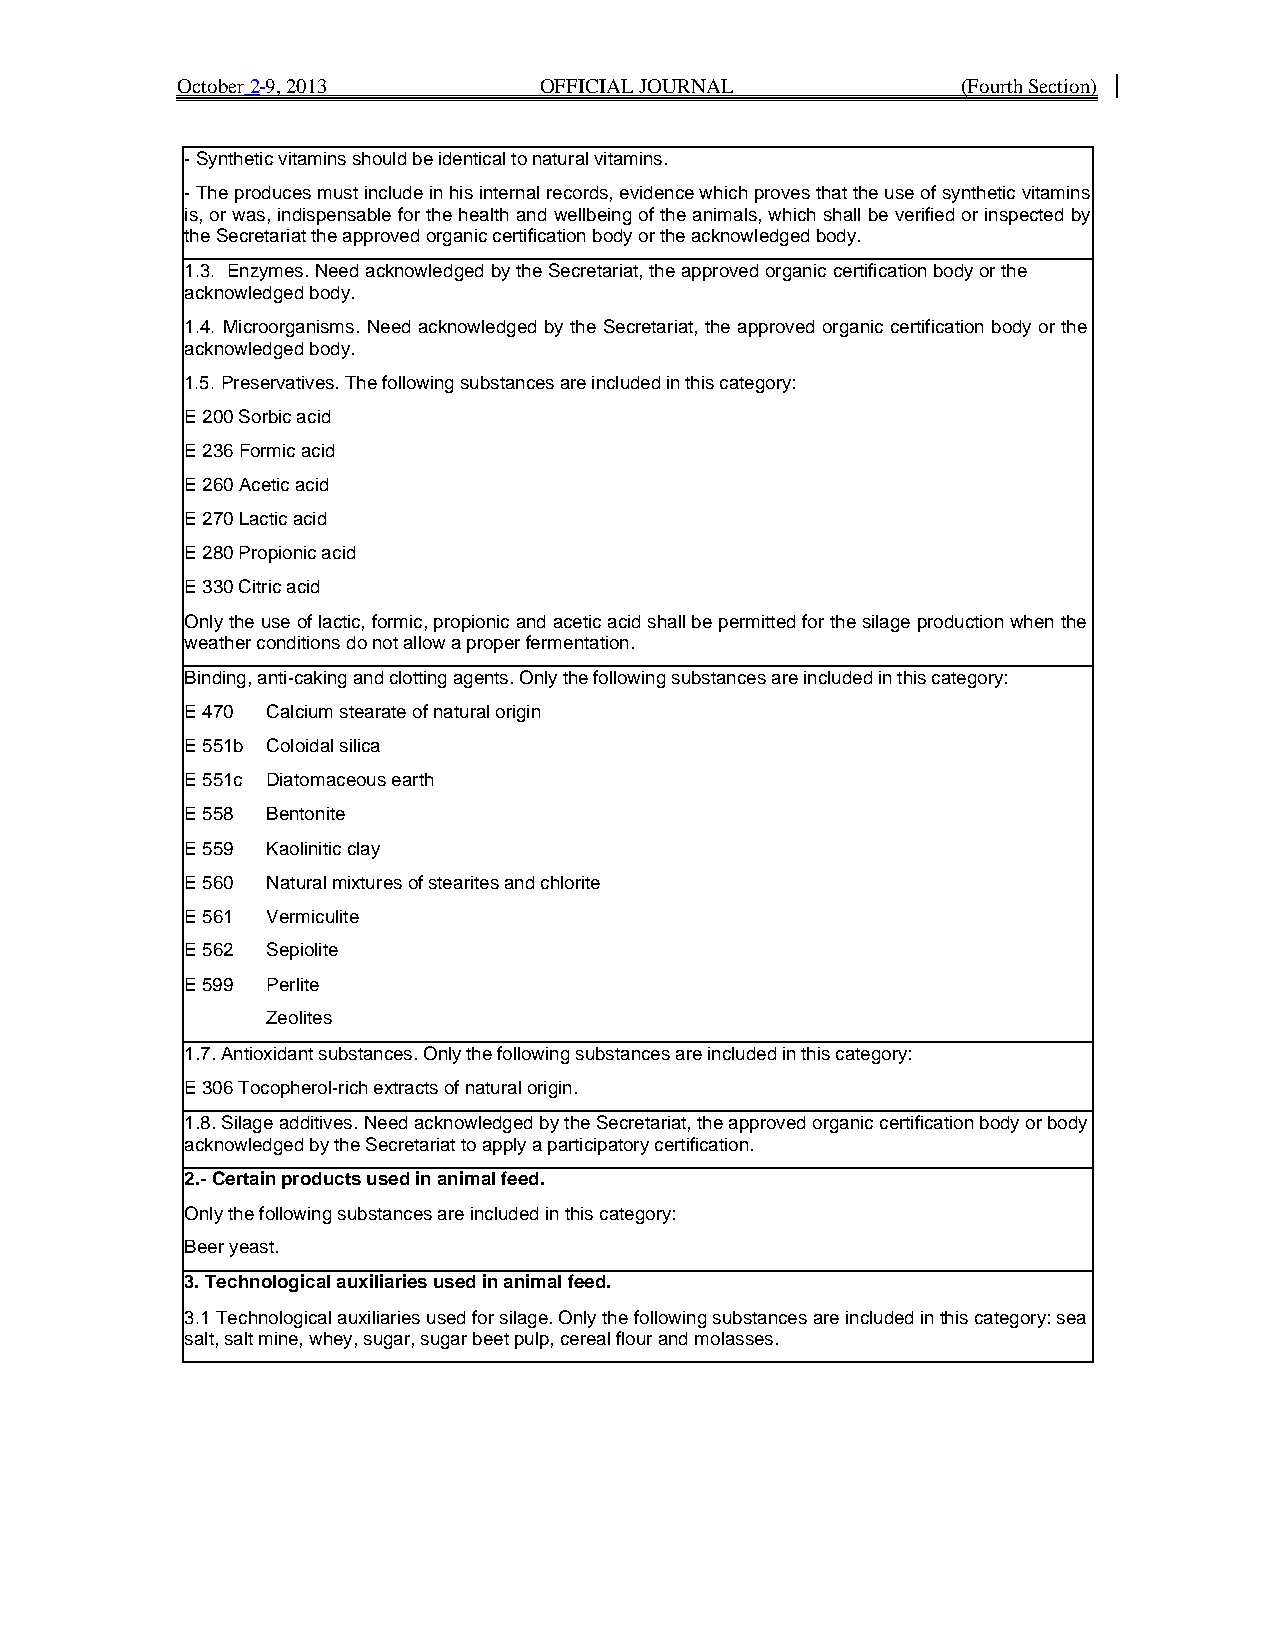
October 2 9, 2013       OFFICIAL JOURNAL            (Fourth Section)
 - Synthetic vitamins should be identical to natural vitamins.
 - The produces must include in his internal records, evidence which proves that the use of synthetic vitamins
 is, or was, indispensable for the health and wellbeing of the animals, which shall be verified or inspected by
 the Secretariat the approved organic certification body or the acknowledged body.
 1.3. Enzymes. Need acknowledged by the Secretariat, the approved organic certification body or the
 acknowledged body.
 1.4. Microorganisms. Need acknowledged by the Secretariat, the approved organic certification body or the
 acknowledged body.
 1.5. Preservatives. The following substances are included in this category:
 E 200 Sorbic acid
 E 236 Formic acid
 E 260 Acetic acid
 E 270 Lactic acid
 E 280 Propionic acid
 E 330 Citric acid
 Only the use of lactic, formic, propionic and acetic acid shall be permitted for the silage production when the
 weather conditions do not allow a proper fermentation.
 Binding, anti-caking and clotting agents. Only the following substances are included in this category:
 E 470 Calcium stearate of natural origin
 E 551b Coloidal silica
 E 551c Diatomaceous earth
 E 558 Bentonite
 E 559 Kaolinitic clay
 E 560 Natural mixtures of stearites and chlorite
 E 561 Vermiculite
 E 562 Sepiolite
 E 599 Perlite
 Zeolites
 1.7. Antioxidant substances. Only the following substances are included in this category:
 E 306 Tocopherol-rich extracts of natural origin.
 1.8. Silage additives. Need acknowledged by the Secretariat, the approved organic certification body or body
 acknowledged by the Secretariat to apply a participatory certification.
 2.- Certain products used in animal feed.
 Only the following substances are included in this category:
 Beer yeast.
 3. Technological auxiliaries used in animal feed.
 3.1 Technological auxiliaries used for silage. Only the following substances are included in this category: sea
 salt, salt mine, whey, sugar, sugar beet pulp, cereal flour and molasses.